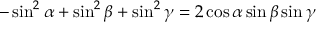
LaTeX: - \sin ^ { 2 } \alpha + \sin ^ { 2 } \beta + \sin ^ { 2 } \gamma = 2 \cos \alpha \sin \beta \sin \gamma